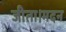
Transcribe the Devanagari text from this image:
जीता।मदन